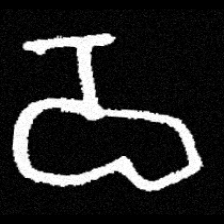
Pyu character \u2014 Myanmar letter: ဝ (romanized: wa)